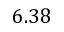
6 . 3 8